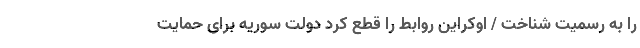
را به رسمیت شناخت / اوکراین روابط را قطع کرد دولت سوریه برای حمایت